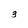
Character: 3